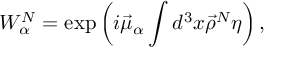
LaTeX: W _ { \alpha } ^ { \cal N } = \exp \left( i \vec { \mu } _ { \alpha } \int d ^ { 3 } x \vec { \rho } ^ { \cal N } \eta \right) ,